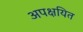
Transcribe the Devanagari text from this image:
अपक्षयित